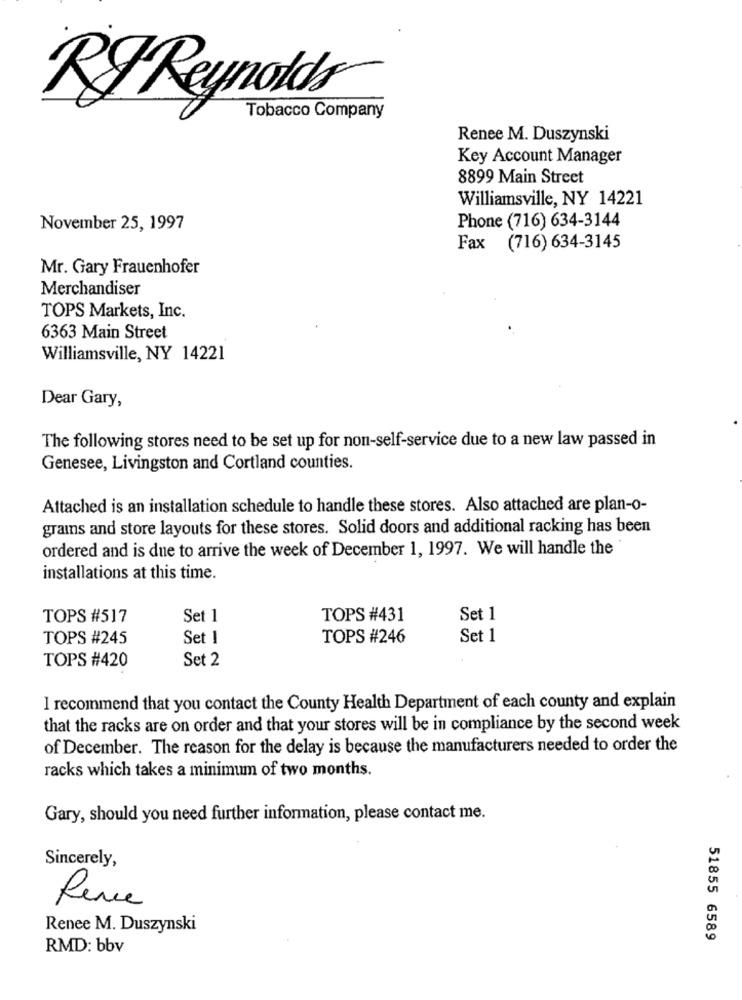
RYReynolds
Tobacco Company
Renee M. Duszynski
Key Account Manager
8899 Main Street
Williamsville, NY 14221
November 25, 1997
Phone (716) 634-3144
Fax (716) 634-3145
Mr. Gary Frauenhofer
Merchandiser
TOPS Markets, Inc.
6363 Main Street
Williamsville, NY 14221
Dear Gary,
The following stores need to be set up for non-self-service due to a new law passed in
Genesee, Livingston and Cortland counties.
Attached is an installation schedule to handle these stores. Also attached are plan-o-
grains and store layouts for these stores. Solid doors and additional racking has been
ordered and is due to arrive the week of December 1, 1997. We will handle the
installations at this time.
TOPS #517
Set 1
TOPS #431
Set 1
TOPS #245
Set 1
TOPS #246
Set 1
TOPS #420
Set 2
I recommend that you contact the County Health Department of each county and explain
that the racks are on order and that your stores will be in compliance by the second week
of December. The reason for the delay is because the manufacturers needed to order the
racks which takes a minimum of two months.
Gary, should you need further information, please contact me.
Sincerely,
Rene
Renee M. Duszynski
51855 6589
RMD: bbv